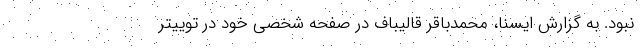
نبود. به گزارش ایسنا، محمدباقر قالیباف در صفحه شخصی خود در توییتر